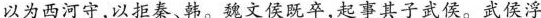
以为西河守，以拒秦、韩。魏文侯既卒，起事其子武侯。武侯浮